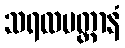
သရလပတ္တာနံ